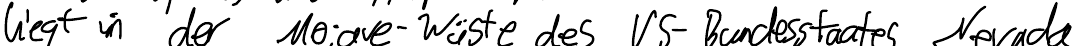
liegt in der Moiave-Wüste des US-Bundesstaates Nevada